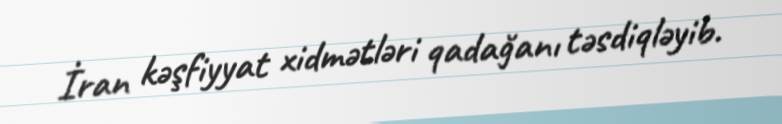
İran kəşfiyyat xidmətləri qadağanı təsdiqləyib.